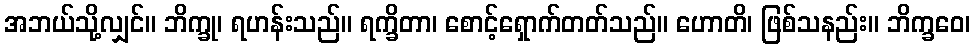
အဘယ်သို့လျှင်။ ဘိက္ခု၊ ရဟန်းသည်။ ရက္ခိတာ၊ စောင့်ရှောက်တတ်သည်။ ဟောတိ၊ ဖြစ်သနည်း။ ဘိက္ခဝေ၊